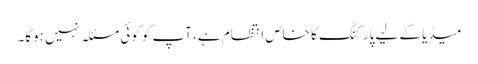
میڈیا کے لیے پارکنگ کا خاص انتظام ہے، آپ کو کوئی مسئلہ نہیں ہوگا۔